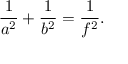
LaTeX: { \frac { 1 } { a ^ { 2 } } } + { \frac { 1 } { b ^ { 2 } } } = { \frac { 1 } { f ^ { 2 } } } .